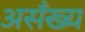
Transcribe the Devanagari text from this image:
असँख्य